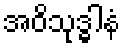
အဝိသုဒ္ဓါနံ